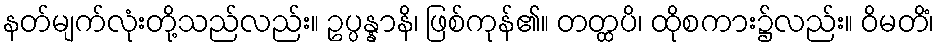
နတ်မျက်လုံးတို့သည်လည်း။ ဥပ္ပန္နာနိ၊ ဖြစ်ကုန်၏။ တတ္ထပိ၊ ထိုစကား၌လည်း။ ဝိမတိံ၊